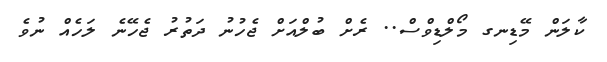
ކާލަން މޭޑިނގ މޯލްޑިވްސް.. ރެށް ބުލްއަށް ޖެހުނު ދަތުރު ޖެހޭނެ ލަހެއް ނުވެ